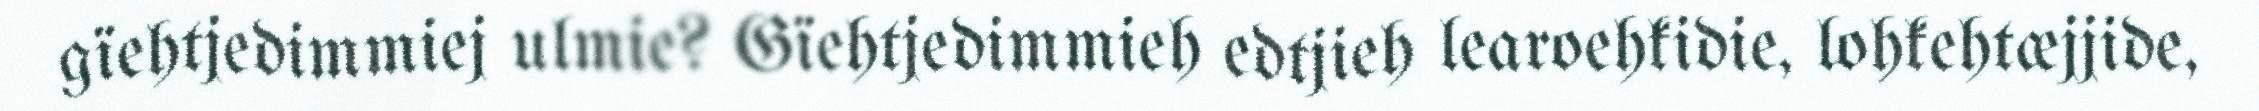
gïehtjedimmiej ulmie? Gïehtjedimmieh edtjieh learoehkidie, lohkehtæjjide,